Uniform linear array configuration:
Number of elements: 4
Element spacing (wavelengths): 1
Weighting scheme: hann
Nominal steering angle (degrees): -30
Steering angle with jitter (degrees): -28.435
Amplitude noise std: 0.05
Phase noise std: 0.05

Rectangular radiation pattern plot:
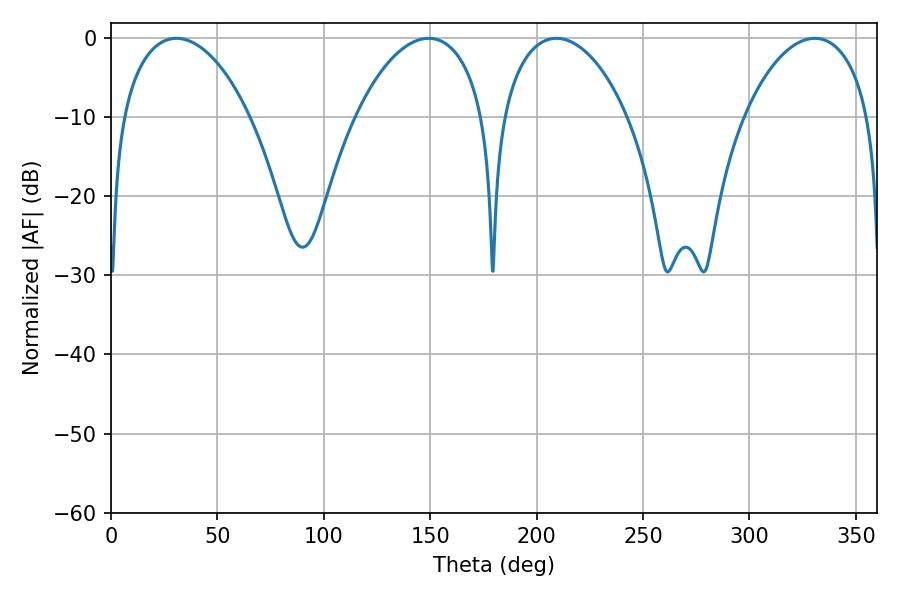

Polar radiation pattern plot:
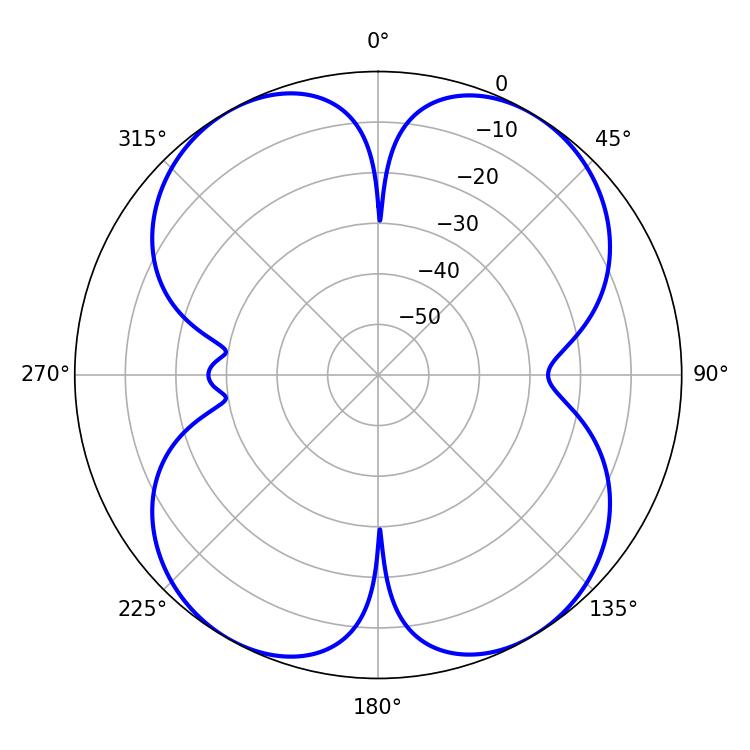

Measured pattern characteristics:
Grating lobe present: TRUE
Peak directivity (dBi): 16.427
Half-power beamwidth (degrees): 34.38
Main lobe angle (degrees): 30.78